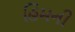
હિમની